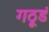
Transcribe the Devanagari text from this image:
गठूडं